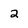
Character: 2